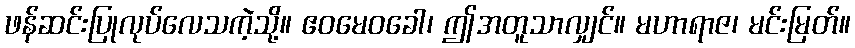
ဖန်ဆင်းပြုလုပ်လေသကဲ့သို့။ ဧဝမေဝခေါ၊ ဤအတူသာလျှင်။ မဟာရာဇ၊ မင်းမြတ်။